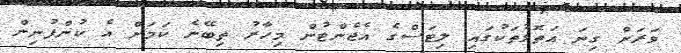
ވަރަށް ގިނަ އަތޮޅުތަކުގައި ލިޓަސްގެ އެޖެންޓުން މިހާރު ތިބޭނެ ކަމަށް އެ ކުންފުނިން